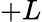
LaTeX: +L